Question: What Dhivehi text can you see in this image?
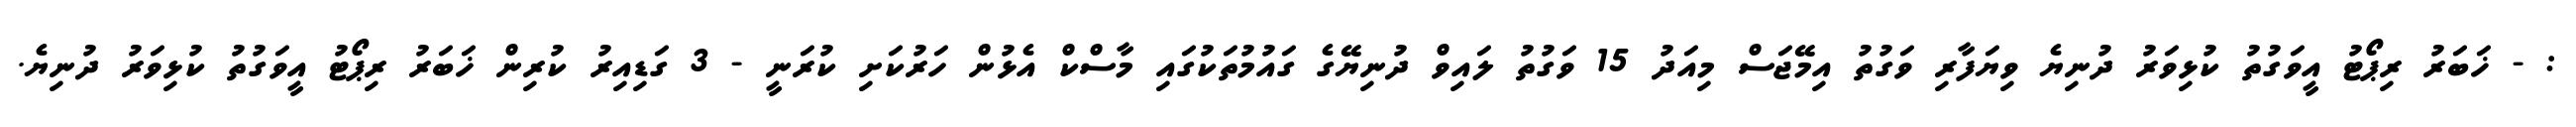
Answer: : - ޚަބަރު ރިޕޯޓު އީވަގުތު ކުޅިވަރު ދުނިޔެ ވިޔަފާރި ވަގުތު އިމޭޖަސް މިއަދު 15 ވަގުތު ލައިވް ދުނިޔޭގެ ގައުމުތަކުގައި މާސްކް އެޅުން ހަރުކަށި ކުރަނީ - 3 ގަޑިއިރު ކުރިން ޚަބަރު ރިޕޯޓު އީވަގުތު ކުޅިވަރު ދުނިޔެ.